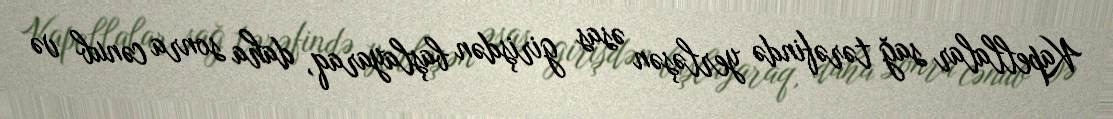
Kapellalar sağ tərəfində yerləşən əsas girişdən başlayaraq, daha sonra cənub və